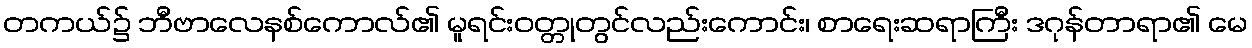
တကယ်၌ ဘီဗာလေနစ်ကောလ်၏ မူရင်းဝတ္တုတွင်လည်းကောင်း၊ စာရေးဆရာကြီး ဒဂုန်တာရာ၏ မေ